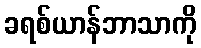
ခရစ်ယာန်ဘာသာကို